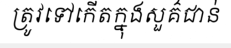
ត្រូវទៅកើតក្នុងសួគ៌ជាន់